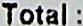
TOTAL :